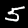
Digit: 5